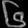
Digit: ၆